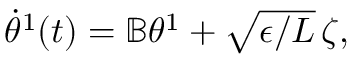
\begin{array} { r } { \dot { { \theta } } ^ { 1 } ( t ) = \mathbb { B } { { \theta } } ^ { 1 } + \sqrt { \epsilon / L } \, { \zeta } , } \end{array}